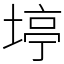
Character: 𪣹